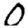
Digit: 0